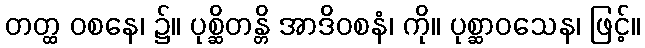
တတ္ထ ဝစနေ၊ ၌။ ပုစ္ဆိတန္တိ အာဒိဝစနံ၊ ကို။ ပုစ္ဆာဝသေန၊ ဖြင့်။